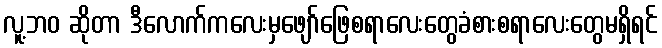
လူ့ဘဝ ဆိုတာ ဒီလောက်ကလေးမှဖျော်ဖြေစရာလေးတွေခံစားစရာလေးတွေမရှိရင်